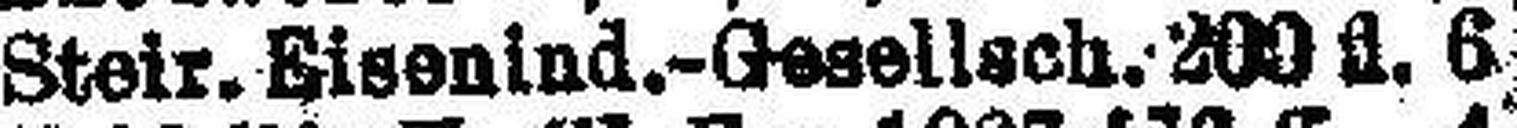
Steir. Eisenind.-Gesellsch. 200 fl. 6